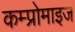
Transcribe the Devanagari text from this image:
कम्प्रोमाइज